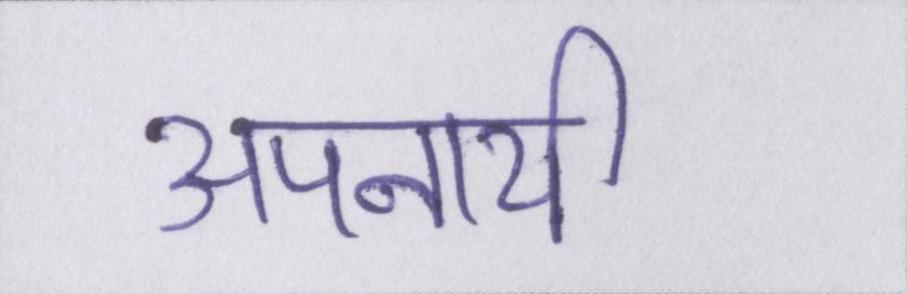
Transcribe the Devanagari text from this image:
अपनायी